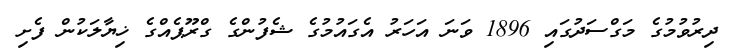
ދިރުވުމުގެ މަގްސަދުގައި 1896 ވަނަ އަހަރު އެގައުމުގެ ޝެފުންގެ ގްރޫޕެއްގެ ޚިޔާލަކުން ފެށި